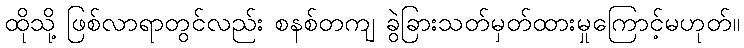
ထိုသို့ ဖြစ်လာရာတွင်လည်း စနစ်တကျ ခွဲခြားသတ်မှတ်ထားမှုကြောင့်မဟုတ်။